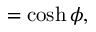
= \cosh \phi ,